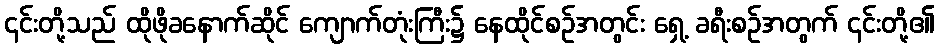
၎င်းတို့သည် ထိုဖိုခနောက်ဆိုင် ကျောက်တုံးကြီး၌ နေထိုင်စဉ်အတွင်း ရှေ့ ခရီးစဉ်အတွက် ၎င်းတို့၏